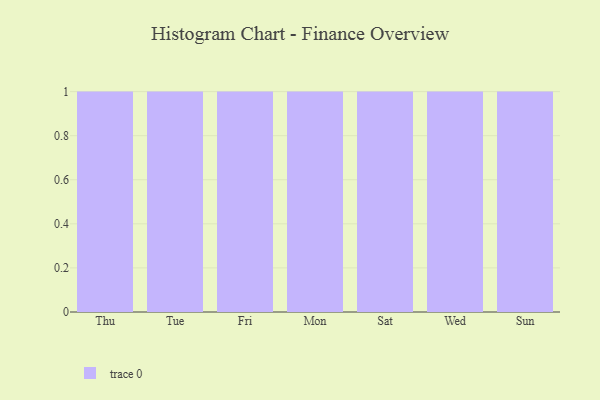
{"axis": {"x": "Day", "y": "Conversion Rate (%)"}, "legend": [""], "data": [{"x": "Thu", "y": 86, "type": ""}, {"x": "Tue", "y": 58, "type": ""}, {"x": "Fri", "y": 51, "type": ""}, {"x": "Mon", "y": 61, "type": ""}, {"x": "Sat", "y": 64, "type": ""}, {"x": "Wed", "y": 69, "type": ""}, {"x": "Sun", "y": 10, "type": ""}]}